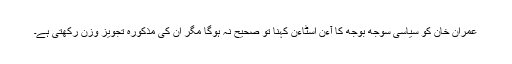
عمران خان کو سیاسی سوجھ بوجھ کا آءن اسٹاءن کہنا تو صحیح نہ ہوگا مگر ان کی مذکورہ تجویز وزن رکھتی ہے۔